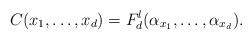
LaTeX: \begin{align*}C(x_1, \dots , x_d) = F^l_d (\alpha_{x_1} , \dots , \alpha_{x_d}).\end{align*}